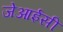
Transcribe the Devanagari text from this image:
जेआईसी